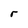
Character: r